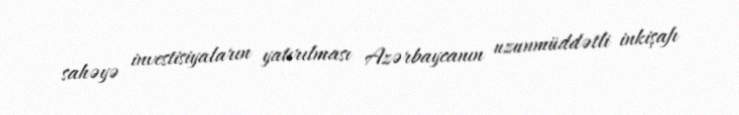
sahəyə investisiyaların yatırılması Azərbaycanın uzunmüddətli inkişafı